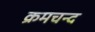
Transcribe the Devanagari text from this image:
क्रमचन्द